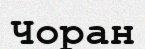
Чоран